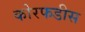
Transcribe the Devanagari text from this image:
कोरफडीस